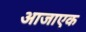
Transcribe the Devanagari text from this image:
आजाएक